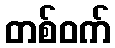
တစ်ဝက်